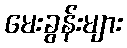
မေးခွန်းများ